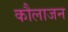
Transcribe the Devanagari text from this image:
कौलाजन